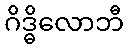
ဂိဒ္ဓိလောဘီ